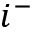
i ^ { - }